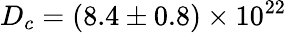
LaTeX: D_{c}=(8.4\pm 0.8)\times 10^{22}